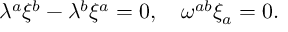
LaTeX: \lambda ^ { a } \xi ^ { b } - \lambda ^ { b } \xi ^ { a } = 0 , \quad \omega ^ { a b } \xi _ { a } = 0 .